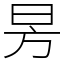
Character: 昘